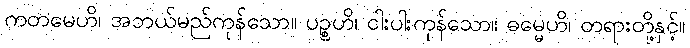
ကတမေဟိ၊ အဘယ်မည်ကုန်သော။ ပဉ္စဟိ၊ ငါးပါးကုန်သော။ ဓမ္မေဟိ၊ တရားတို့နှင့်။